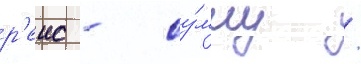
р'еис - су́мму /